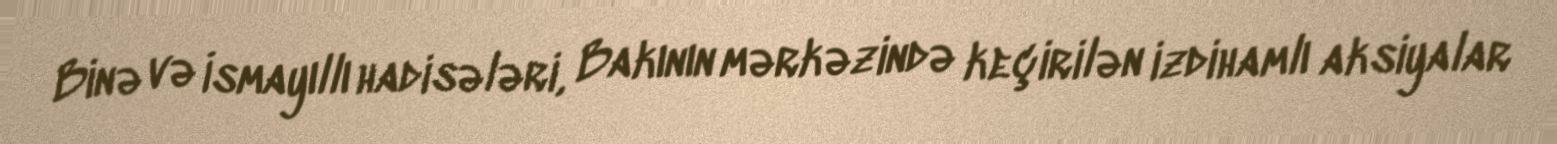
Binə və İsmayıllı hadisələri, Bakının mərkəzində keçirilən izdihamlı aksiyalar